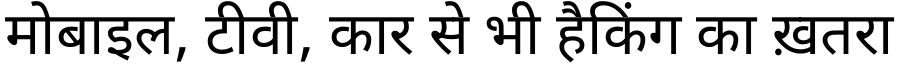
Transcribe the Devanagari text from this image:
मोबाइल, टीवी, कार से भी हैकिंग का ख़तरा